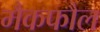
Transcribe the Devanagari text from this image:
मैकफौल